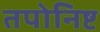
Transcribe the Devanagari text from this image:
तपोनिष्ट